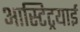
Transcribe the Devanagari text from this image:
आस्टिट्रयाई